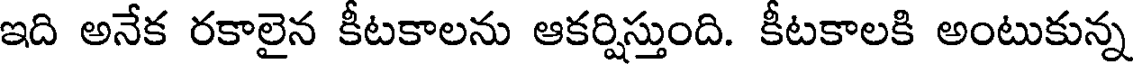
ఇది అనేక రకాలైన కీటకాలను ఆకర్షిస్తుంది. కీటకాలకి అంటుకున్న